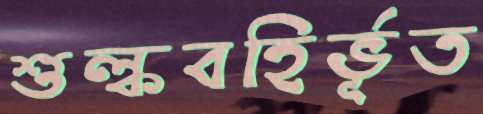
শুল্কবহির্ভূত